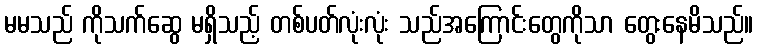
မမသည် ကိုသက်ဆွေ မရှိသည့် တစ်ပတ်လုံးလုံး သည်အကြောင်းတွေကိုသာ တွေးနေမိသည်။